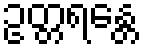
ဥတ္တရန္တေ